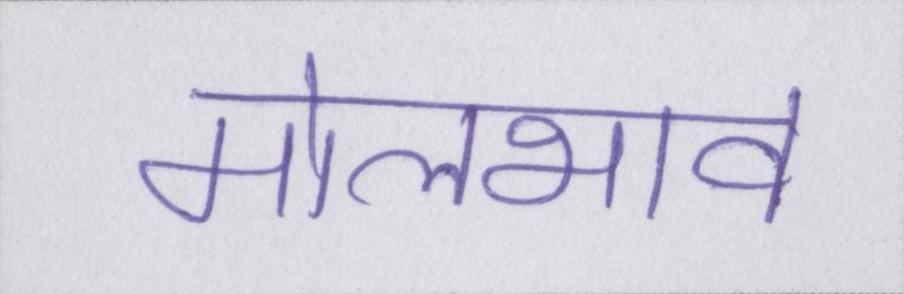
मोलभाव